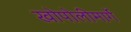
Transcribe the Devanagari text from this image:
खोपोलीमार्गे